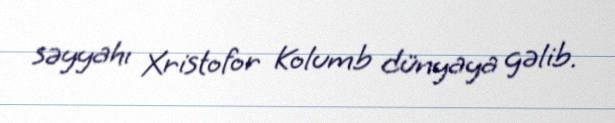
səyyahı Xristofor Kolumb dünyaya gəlib.